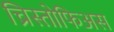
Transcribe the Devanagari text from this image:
च्रिस्तोफिअस